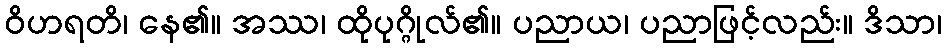
ဝိဟရတိ၊ နေ၏။ အဿ၊ ထိုပုဂ္ဂိုလ်၏။ ပညာယ၊ ပညာဖြင့်လည်း။ ဒိသာ၊